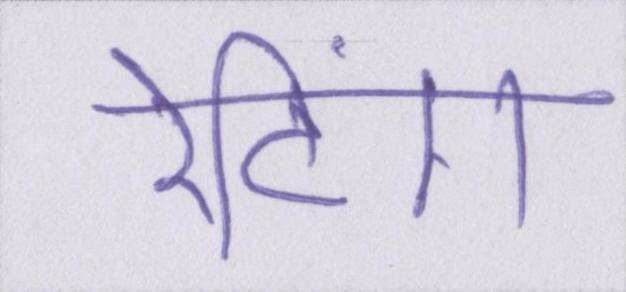
रेटिंग